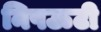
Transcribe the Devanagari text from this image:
निपऊटी